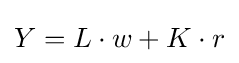
Y=L\cdot w+K\cdot r